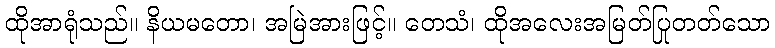
ထိုအာရုံသည်။ နိယမတော၊ အမြဲအားဖြင့်။ တေသံ၊ ထိုအလေးအမြတ်ပြုတတ်သော